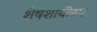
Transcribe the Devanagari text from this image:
शेषशायीरुप